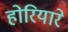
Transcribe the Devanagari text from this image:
होरियारे